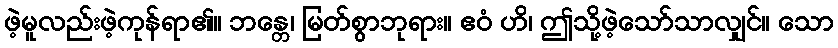
ဖဲ့မူလည်းဖဲ့ကုန်ရာ၏။ ဘန္တေ၊ မြတ်စွာဘုရား။ ဧဝံ ဟိ၊ ဤသို့ဖဲ့သော်သာလျှင်။ သော